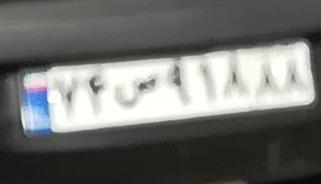
۷۴س۹۱۸۸۸